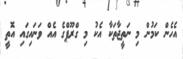
އެހެން ކަމުން މި ނަތީޖާތަކާ އެކު މި ގްރޫޕްގެ އެއް ވަނައިގައި އޮތީ